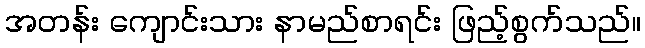
အတန်း ကျောင်းသား နာမည်စာရင်း ဖြည့်စွက်သည်။